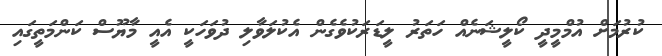
ކުރުމަށް އުމްމީދީ ކޯލީޝަނެއް ހަތަރު ލީޑަރަކުވެގެން އެކުލަވާލި ދުވަހަކީ އެއީ މާޔޫސް ކަންމަތީގައި